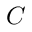
C